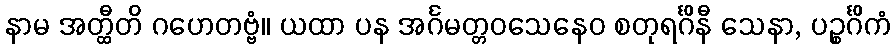
နာမ အတ္ထီတိ ဂဟေတဗ္ဗံ။ ယထာ ပန အင်္ဂမတ္တဝသေနေဝ စတုရင်္ဂိနီ သေနာ, ပဉ္စင်္ဂိကံ